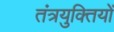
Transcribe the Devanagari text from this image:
तंत्रयुक्तियों